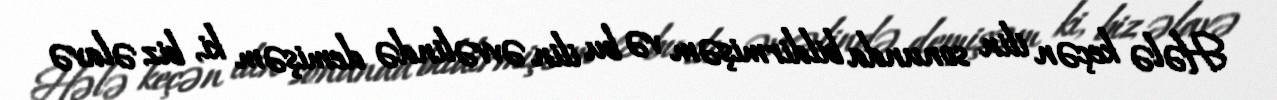
Hələ keçən ilin sonunda bildirmişəm və bu ilin əvvəlində demişəm ki, biz əlavə